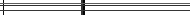
٣٤